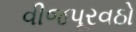
વીજપૂરવઠો